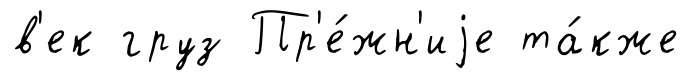
в'ек груз Пр'е́жн'иjе та́кже